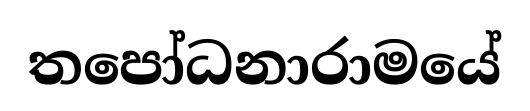
තපෝධනාරාමයේ